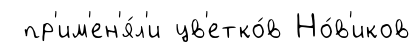
пр'им'ен'я́л'и цв'етко́в Но́в'иков